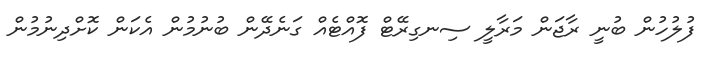
ފުލުހުން ބުނީ ރާޖަން މަރާލީ ސިނގިރޭޓް ފޮއްޓެއް ގަނެދޭން ބުނުމުން އެކަން ކޮށްދިނުމުން